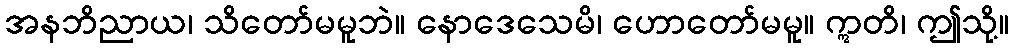
အနဘိညာယ၊ သိတော်မမူဘဲ။ နောဒေသေမိ၊ ဟောတော်မမူ။ ဣတိ၊ ဤသို့။